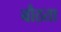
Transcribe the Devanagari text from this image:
बौठता